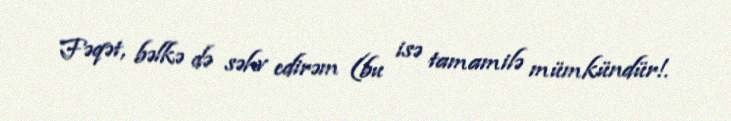
Fəqət, bəlkə də səhv edirəm (bu isə tamamilə mümkündür!.